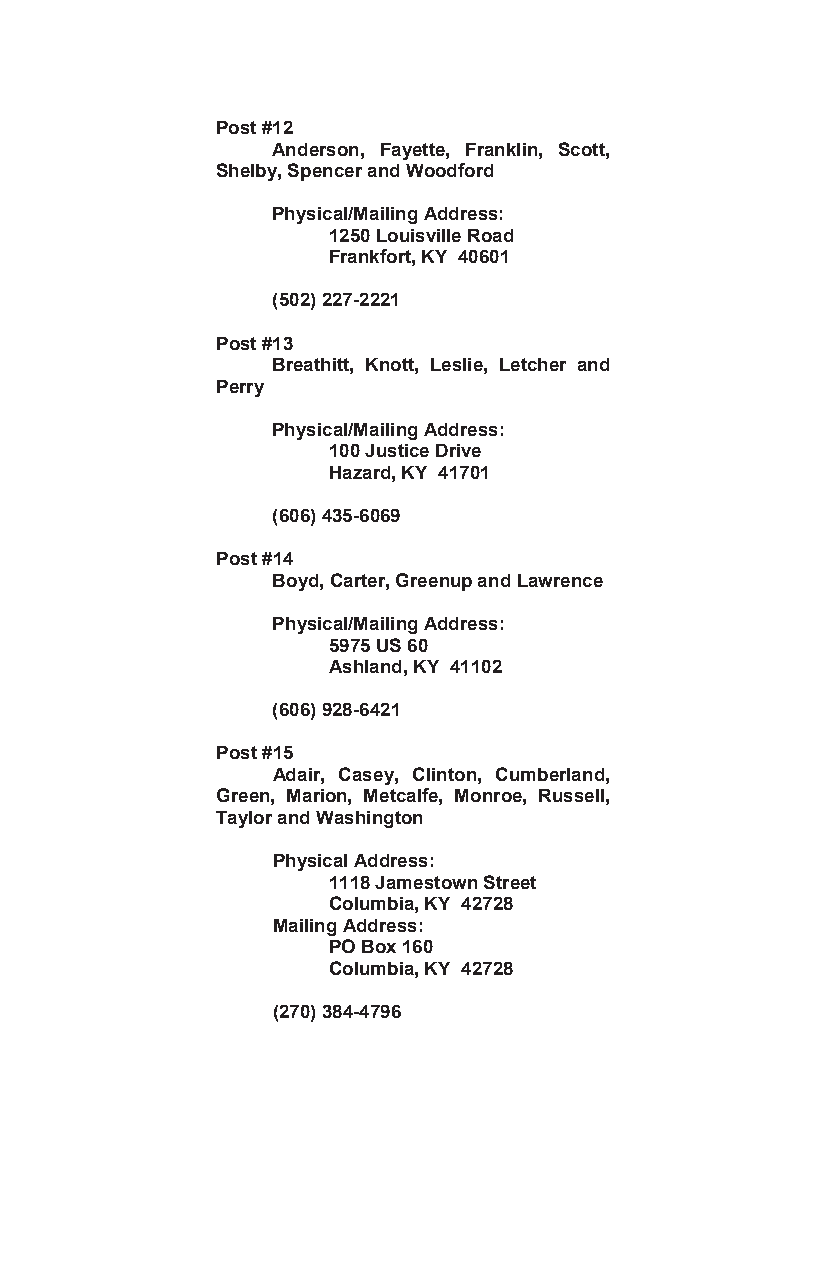
Post #12
 Anderson, Fayette, Franklin, Scott,
 Shelby, Spencer and Woodford
 Physical/Mailing Address:
 1250 Louisville Road
 Frankfort, KY 40601
 (502) 227-2221
 Post #13
 Breathitt, Knott, Leslie, Letcher and
 Perry
 Physical/Mailing Address:
 100 Justice Drive
 Hazard, KY 41701
 (606) 435-6069
 Post #14
 Boyd, Carter, Greenup and Lawrence
 Physical/Mailing Address:
 5975 US 60
 Ashland, KY 41102
 (606) 928-6421
 Post #15
 Adair, Casey, Clinton, Cumberland,
 Green, Marion, Metcalfe, Monroe, Russell,
 Taylor and Washington
 Physical Address:
 1118 Jamestown Street
 Columbia, KY 42728
 Mailing Address:
 PO Box 160
 Columbia, KY 42728
 (270) 384-4796